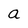
Character: a